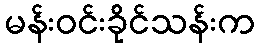
မန်းဝင်းခိုင်သန်းက